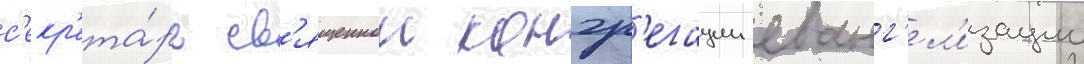
с'екр'ета́рь св'ященнои конгр'егации еванг'ел'изации